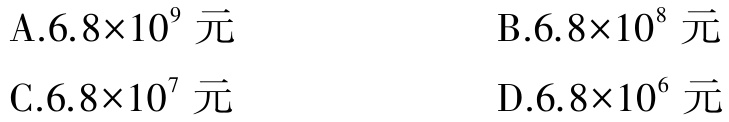
A.$6.8\times10^{9}$ 元
B.$6.8\times10^{8}$ 元
C.$6.8\times10^{7}$ 元
D.$6.8\times10^{6}$ 元